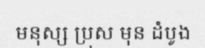
មនុស្ស ប្រុស មុន ដំបូង